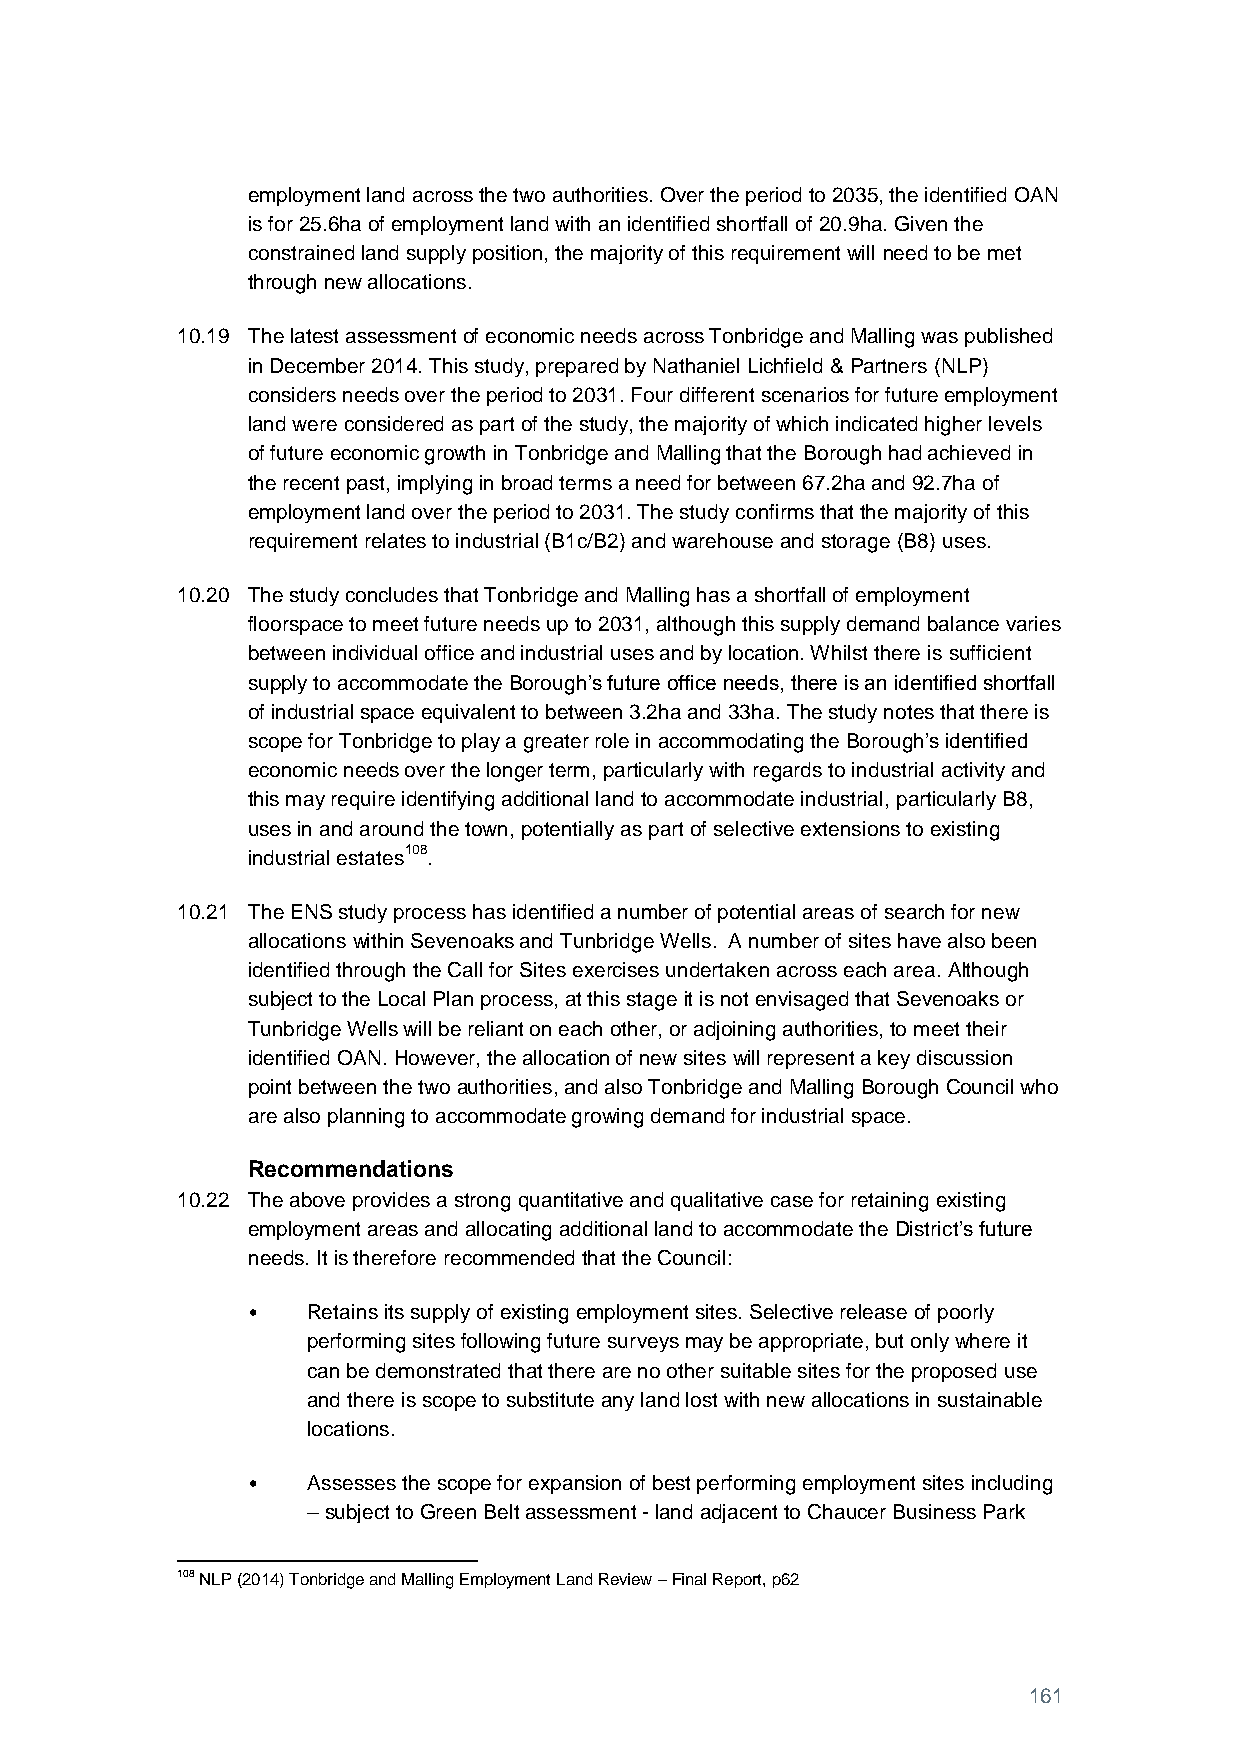
employment land across the two authorities. Over the period to 2035, the identified OAN
 is for 25.6ha of employment land with an identified shortfall of 20.9ha. Given the
 constrained land supply position, the majority of this requirement will need to be met
 through new allocations.
 10.19 The latest assessment of economic needs across Tonbridge and Malling was published
 in December 2014. This study, prepared by Nathaniel Lichfield & Partners (NLP)
 considers needs over the period to 2031. Four different scenarios for future employment
 land were considered as part of the study, the majority of which indicated higher levels
 of future economic growth in Tonbridge and Malling that the Borough had achieved in
 the recent past, implying in broad terms a need for between 67.2ha and 92.7ha of
 employment land over the period to 2031. The study confirms that the majority of this
 requirement relates to industrial (B1c/B2) and warehouse and storage (B8) uses.
 10.20 The study concludes that Tonbridge and Malling has a shortfall of employment
 floorspace to meet future needs up to 2031, although this supply demand balance varies
 between individual office and industrial uses and by location. Whilst there is sufficient
 supply to accommodate the Borough’s future office needs, there is an identified shortfall
 of industrial space equivalent to between 3.2ha and 33ha. The study notes that there is
 scope for Tonbridge to play a greater role in accommodating the Borough’s identified
 economic needs over the longer term, particularly with regards to industrial activity and
 this may require identifying additional land to accommodate industrial, particularly B8,
 uses in and around the town, potentially as part of selective extensions to existing
 industrial estates108.
 10.21 The ENS study process has identified a number of potential areas of search for new
 allocations within Sevenoaks and Tunbridge Wells. A number of sites have also been
 identified through the Call for Sites exercises undertaken across each area. Although
 subject to the Local Plan process, at this stage it is not envisaged that Sevenoaks or
 Tunbridge Wells will be reliant on each other, or adjoining authorities, to meet their
 identified OAN. However, the allocation of new sites will represent a key discussion
 point between the two authorities, and also Tonbridge and Malling Borough Council who
 are also planning to accommodate growing demand for industrial space.
 Recommendations
 10.22 The above provides a strong quantitative and qualitative case for retaining existing
 employment areas and allocating additional land to accommodate the District’s future
 needs. It is therefore recommended that the Council:
 •   Retains its supply of existing employment sites. Selective release of poorly
 performing sites following future surveys may be appropriate, but only where it
 can be demonstrated that there are no other suitable sites for the proposed use
 and there is scope to substitute any land lost with new allocations in sustainable
 locations.
 •   Assesses the scope for expansion of best performing employment sites including
 – subject to Green Belt assessment - land adjacent to Chaucer Business Park
 108 NLP (2014) Tonbridge and Malling Employment Land Review – Final Report, p62
 161